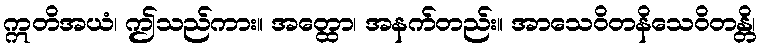
ဣတိအယံ၊ ဤသည်ကား။ အတ္ထော၊ အနက်တည်း။ အာသေဝိတနိသေဝိတန္တိ၊